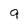
Character: 9